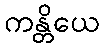
ကန္တိယေ